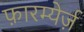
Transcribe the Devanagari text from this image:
फ़ारम्येर्ज़